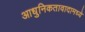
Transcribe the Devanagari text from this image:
आधुनिकतावादामध्ये